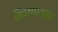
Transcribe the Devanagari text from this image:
भिक्षाटनर